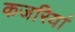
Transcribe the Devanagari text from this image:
कजरियां